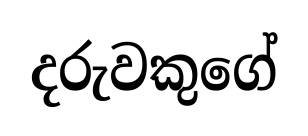
දරුවකුගේ